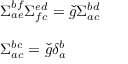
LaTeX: \begin{array} { l } { { \Sigma _ { a e } ^ { b f } \Sigma _ { f c } ^ { e d } = \check { g } \Sigma _ { a c } ^ { b d } } } \\ { { \ } } \\ { { \Sigma _ { a c } ^ { b c } = \check { g } \delta _ { a } ^ { b } } } \end{array}